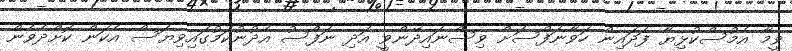
ވީމާ އެމުސްކުޅިޔާ ފަދައިން ހަވާނަފްސަށް ވިސްނައިދޭންވީ އަދި ނަފްސު އެދުނުކަމުގައިވިޔަސް އެކަން ކޮށްދެވެން